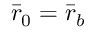
\bar { r } _ { 0 } = \bar { r } _ { b }